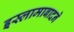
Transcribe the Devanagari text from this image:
इस्लामाबादने